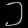
Digit: ၁